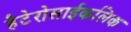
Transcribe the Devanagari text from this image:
हैटेरोसाईकलिक